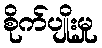
စိုက်ပျိုးမှု